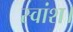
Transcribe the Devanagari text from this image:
स्वांश।